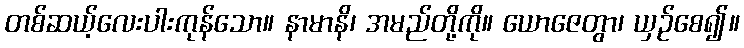
တစ်ဆယ့်လေးပါးကုန်သော။ နာမာနိ၊ အမည်တို့ကို။ ယောဇေတွာ၊ ယှဉ်စေ၍။